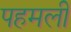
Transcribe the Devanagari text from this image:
पहमली